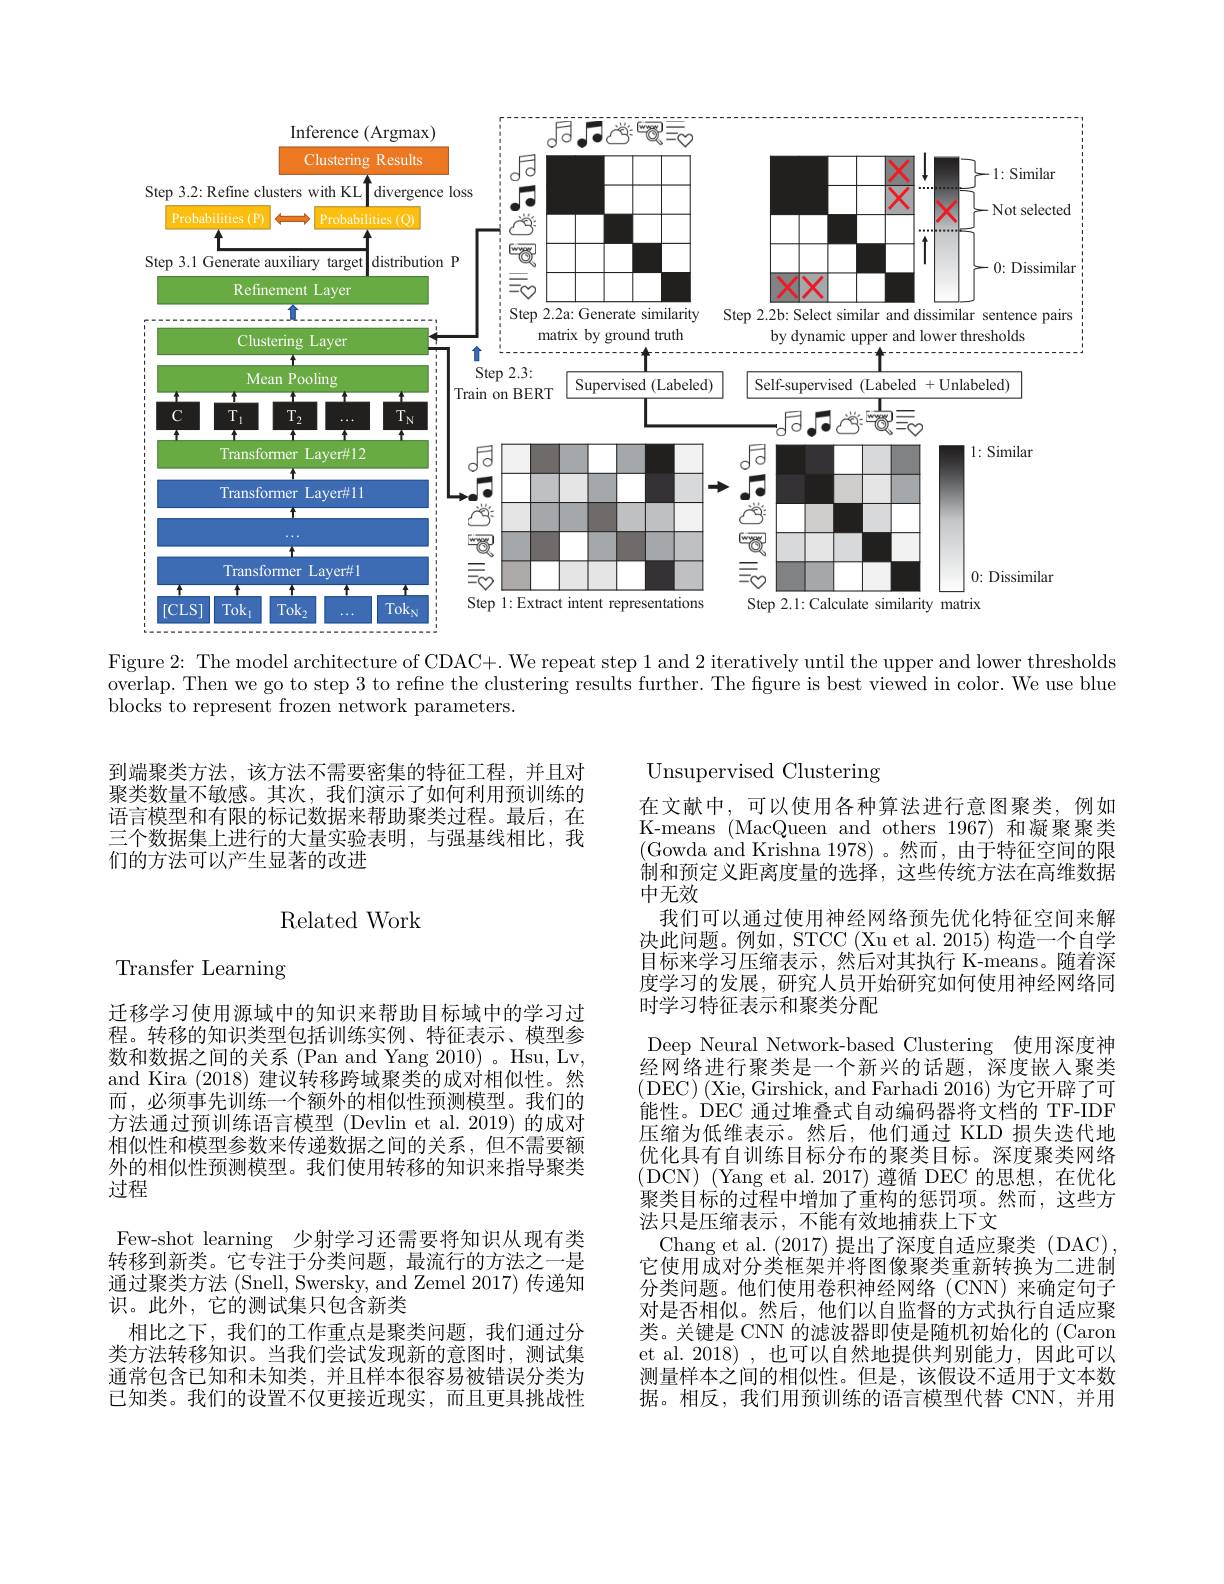
<FigureHere>

Figure 2{:} The model architecture of CDAC+. We repeat step 1 and 2 iteratively until the upper and lower thresholds $\bar{\text{overlap. Then we go to step 3 to refine the clustering results further. The figure is best viewed in color. We use blue}}$ $\bar{\text{blocks to represent frozen network parameters.}}$

到端聚类方法，该方法不需要密集的特征工程，并且对聚类数量不敏感。其次，我们演示了如何利用预训练的语言模型和有限的标记数据来帮助聚类过程。最后，在三个数据集上进行的大量实验表明，与强基线相比，我们的方法可以产生显著的改进
$$\text{Related Work}$$
Transfer Learning

Unsupervised Clustering
在文献中，可以使用各种算法进行意图聚类，例如K-means (MacQueen and others 1967) 和凝聚聚类(Gowda and Krishna 1978)。然而，由于特征空间的限制和预定义距离度量的选择，这些传统方法在高维数据中无效
我们可以通过使用神经网络预先优化特征空间来解决此问题。例如，STCC (Xu et al. 2015) 构造一个自学目标来学习压缩表示，然后对其执行 K-means。随着深度学习的发展，研究人员开始研究如何使用神经网络同时学习特征表示和聚类分配
Deep Neural Network-based Clustering 使用深度神经网络进行聚类是一个新兴的话题，深度嵌人聚类( DEC) ( Xie, Girshick, and Farhadi 2016) 为 它 开 辟 了 可 能性。DEC 通过堆叠式自动编码器将文档的 TF-IDF 压缩为低维表示。然后，他们通过 KLD 损失迭代地优化具有自训练目标分布的聚类目标。深度聚类网络(DCN)(Yang et al.2017)遵循 DEC的思想，在优化聚类目标的过程中增加了重构的惩罚项。然而，这些方法只是压缩表示，不能有效地捕获上下文
Chang et al. (2017) 提出了深度自适应聚类 (DAC) 它使用成对分类框架并将图像聚类重新转换为二进制分类问题。他们使用卷积神经网络(CNN)来确定句子对是否相似。然后，他们以自监督的方式执行自适应聚类。关键是 CNN 的滤波器即使是随机初始化的 (Caron et al. 2018) ,也可以自然地提供判别能力，因此可以测量样本之间的相似性。但是，该假设不适用于文本数据。相反，我们用预训练的语言模型代替 CNN,并用

迁移学习使用源域中的知识来帮助目标域中的学习过程。转移的知识类型包括训练实例、特征表示、模型参数和数据之间的关系 (Pan and Yang 2010) 。Hsu, Lv, and Kira (2018)建议转移跨域聚类的成对相似性。然而 , 必须事先训练一个额外的相似性预测模型。我们的方法通过预训练语言模型(Devlin et al.2019)的成对相似性和模型参数来传递数据之间的关系，但不需要额外的相似性预测模型。我们使用转移的知识来指导聚类过程
Few-shot learning 少射学习还需要将知识从现有类转移到新类。它专注于分类问题，最流行的方法之一是通过聚类方法 (Snell, Swersky, and Zemel 2017) 传递知识。此外，它的测试集只包含新类
相比之下，我们的工作重点是聚类问题，我们通过分类方法转移知识。当我们尝试发现新的意图时，测试集通常包含已知和未知类，并且样本很容易被错误分类为已知类。我们的设置不仅更接近现实，而且更具挑战性